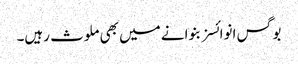
بوگس انوائسز بنوانے میں بھی ملوث رہیں۔